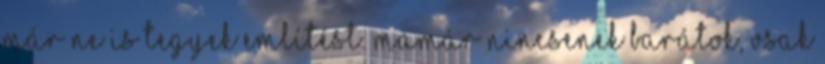
már ne is tegyek említést. Mamár nincsenek barátok, vsak